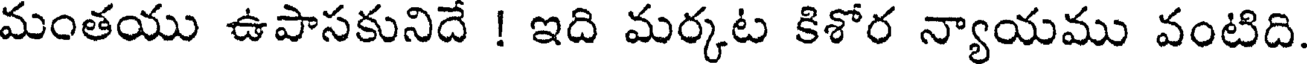
మంతయు ఉపాసకునిదే ! ఇది మర్కట కిశోర న్యాయము వంటిది